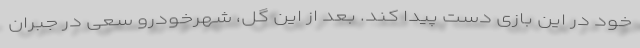
خود در این بازی دست پیدا کند. بعد از این گل، شهرخودرو سعی در جبران